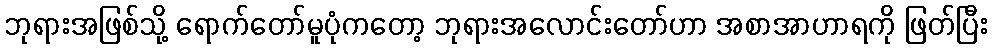
ဘုရားအဖြစ်သို့ ရောက်တော်မူပုံကတော့ ဘုရားအလောင်းတော်ဟာ အစာအာဟာရကို ဖြတ်ပြီး